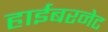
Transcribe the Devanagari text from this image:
हाईबरनेट